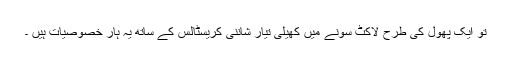
تو ایک پھول کی طرح لاکٹ سونے میں کھیلی تیار شاننی کریسٹالس کے ساتھ یہ ہار خصوصیات ہیں ۔